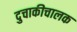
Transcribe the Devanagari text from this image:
दुचाकीचालक